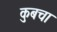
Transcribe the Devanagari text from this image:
कुबचा